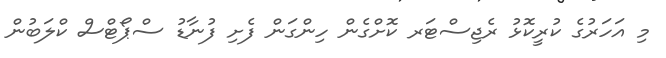
މި އަހަރުގެ ކުރީކޮޅު ރެޖިސްޓަރ ކޮށްގެން ހިންގަން ފެށި ފުނާޑު ސްޕޯޓްސް ކްލަބުން